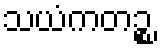
သယံကတဉ္စ